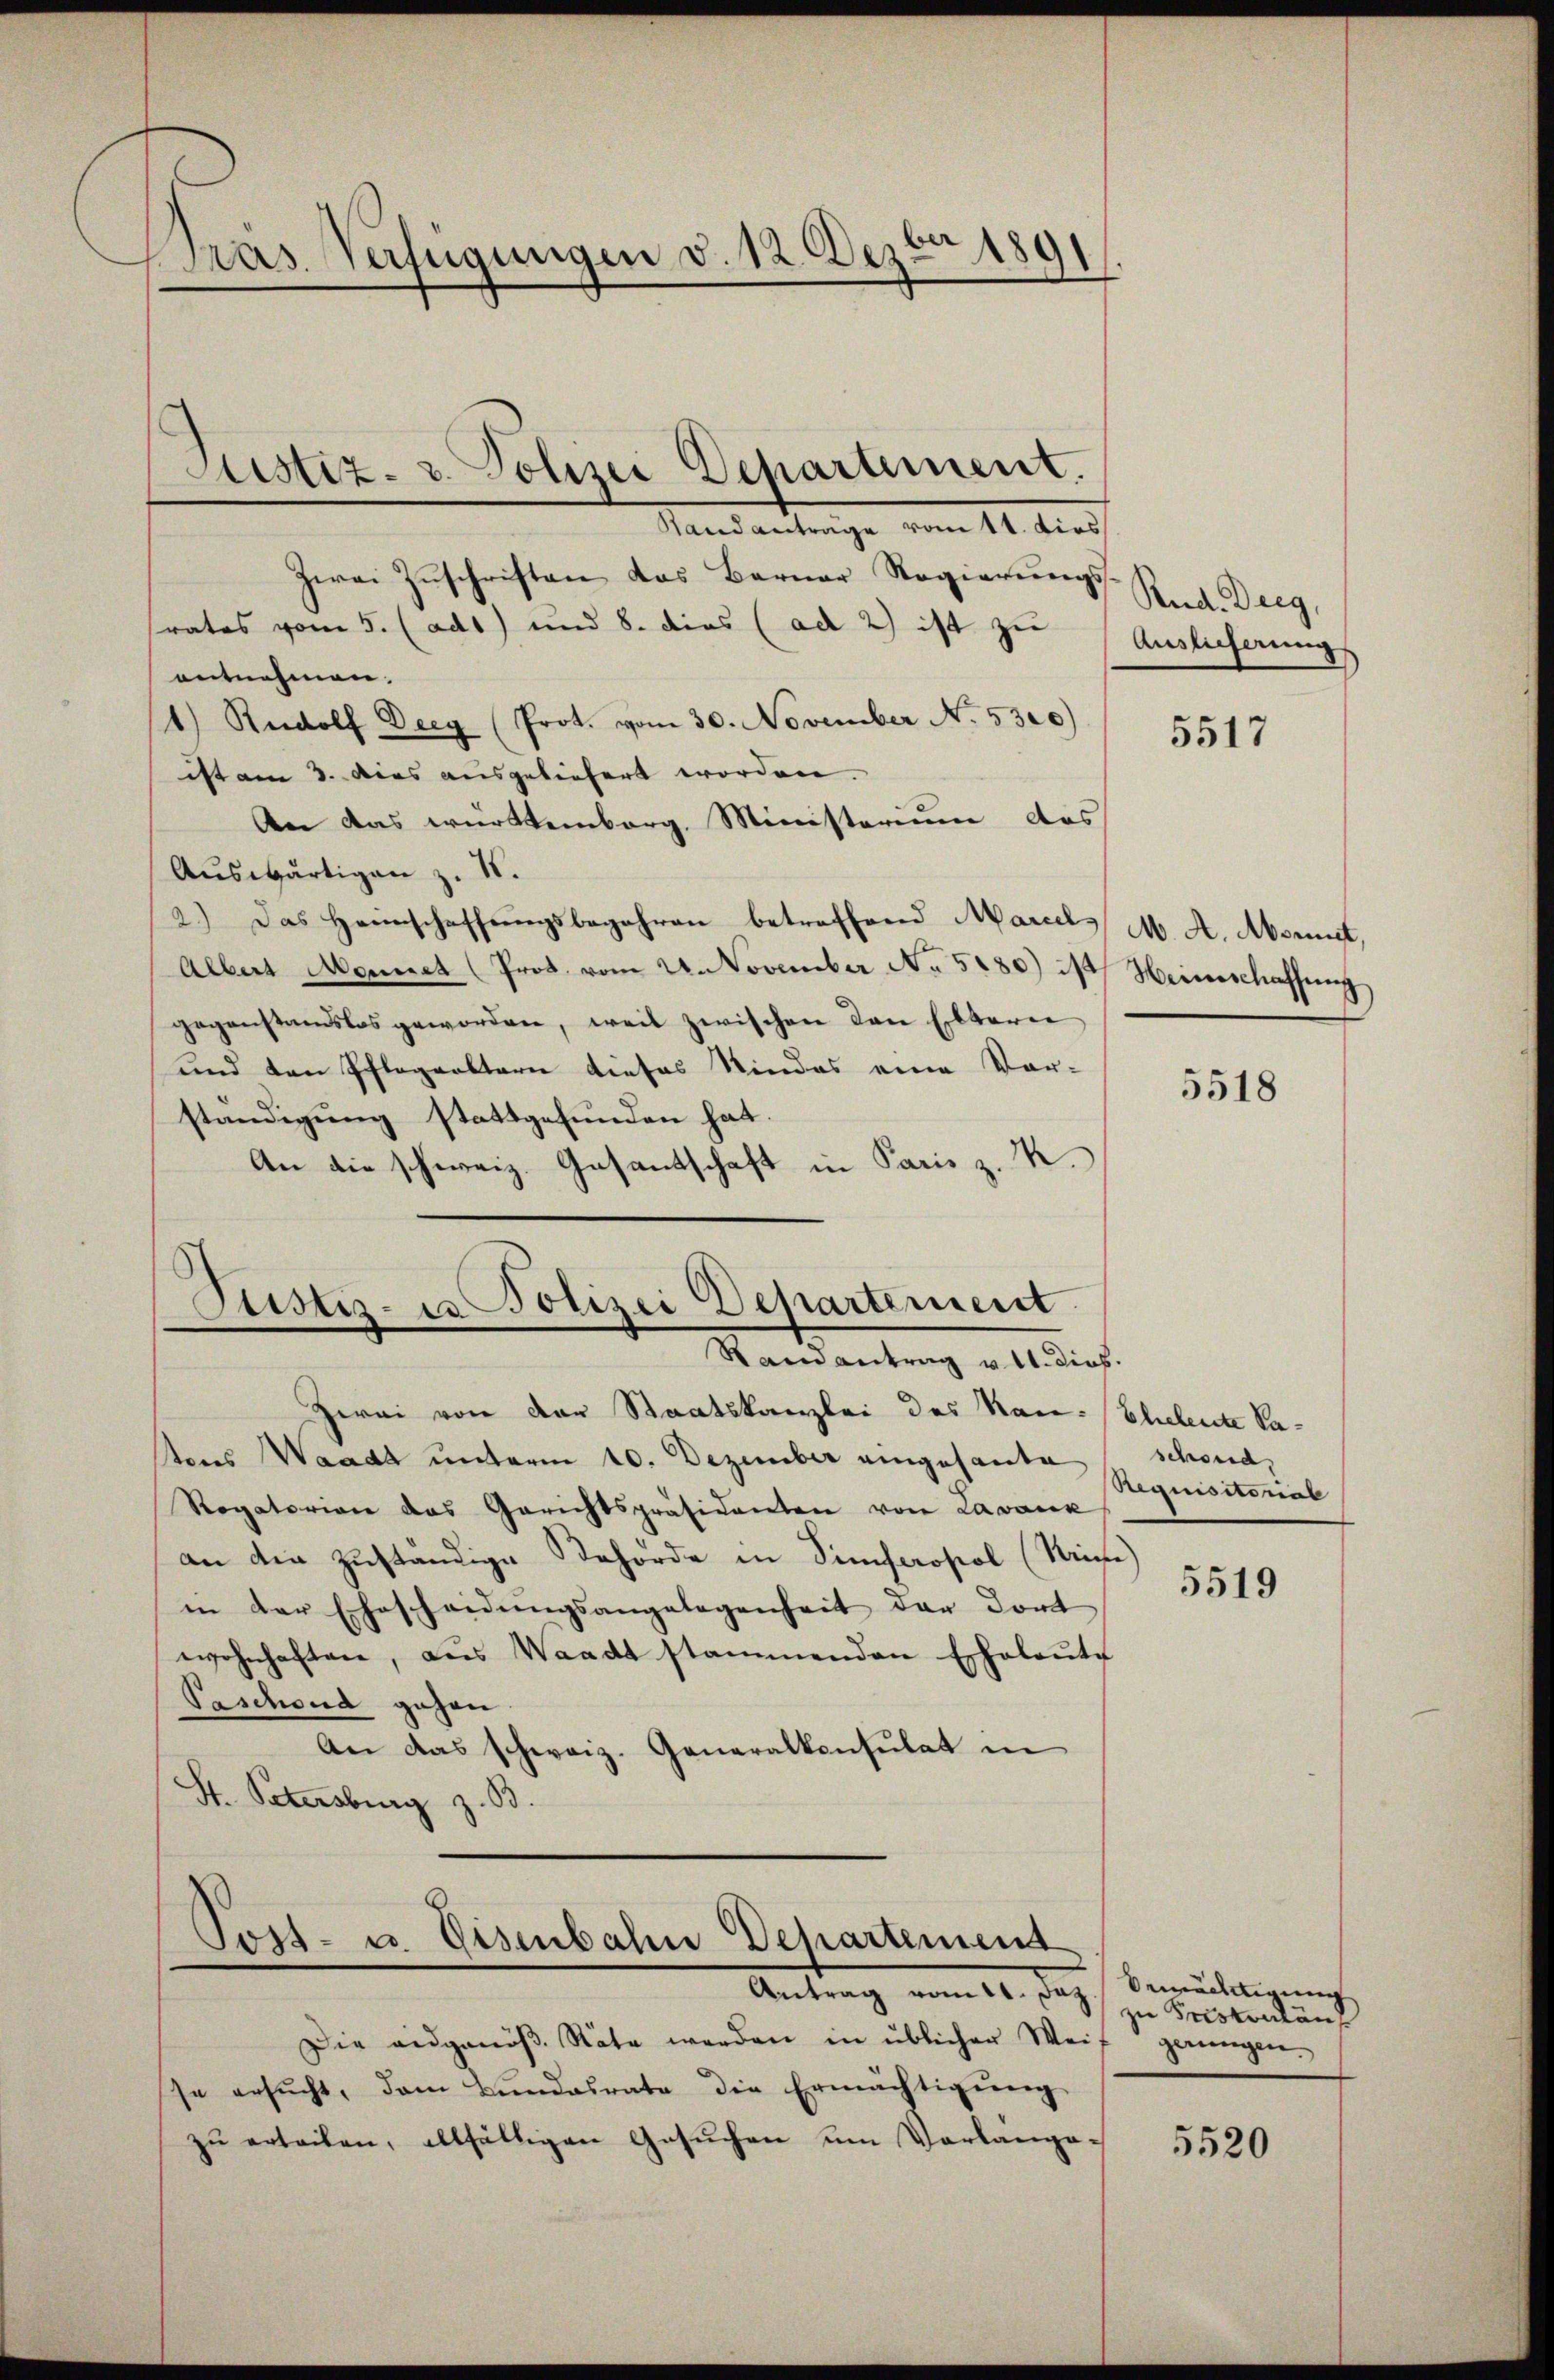
ras Verfügungen d. 12. Dezbr 1891

Justiz- u. Polizei Departement.

Randanträge vom 11. dies
Zwei Zŭschriften das Barner Regierŭngs-
trates vom 5. (ad1) und 8. dies (ad 2) ist zu Auslieferungs
entnehmen.
1.) Rudolf Deeg (Prot. vom 30. November No. 5300)
ist am 3. dies ausgeliefert worden.
An das württemberg, Ministerium das
Auswärtigen z. 18.
2.) Das Heimschaffungsbegehren betreffend Marcels M. A. Abonnet,
Albert Monnet (Prot. vom 24. November No. 5180) ist Heimschaffung,
gegenstandslos geworden, weil zwischen von Elterie
und den Pflegealtern dieses Kindes eine Vor-
ständigung stattgefunden hat.
An die schweiz. Gesantschaft in Paris z. K.

Justiz- in Polizei Departement
Ramantrag v. 11. dies.

Toss- u. Eisenbahn Departement
Antrag vom 10. des Bestendung

Rud. Derg,

Die eidgenöβ. Räte werden in üblicher Weif gerungen.
se ersŭcht, dem Bŭndesrate die Ermächtigŭng
zŭ erteilen, allfälligen Gesŭchen um Vorlange¬

Zwei von der Staatskanzlei des Kan-Eheleute Satons Waadt unterm 10. Dezember eingesante
Rogatorian das Gerichtspräsidenten von Lavank
an die zuständige Behörde in Simferosol (Krine
in der Ehescheidŭngsangelegenheit der dort
wohnhaften, aus Waadt stammenden Eheleute
Paschond gehen
An das schweiz. Generalkonsulat in
St. Petersburg z. B.

5517

5518

schond
Requisitorial

5519

bemächtigung

5520